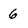
Character: 6